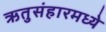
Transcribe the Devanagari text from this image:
ऋतुसंहारमध्ये